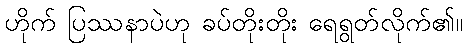
ဟိုက် ပြဿနာပဲဟု ခပ်တိုးတိုး ရေရွတ်လိုက်၏။